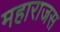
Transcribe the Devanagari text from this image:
महाराजस